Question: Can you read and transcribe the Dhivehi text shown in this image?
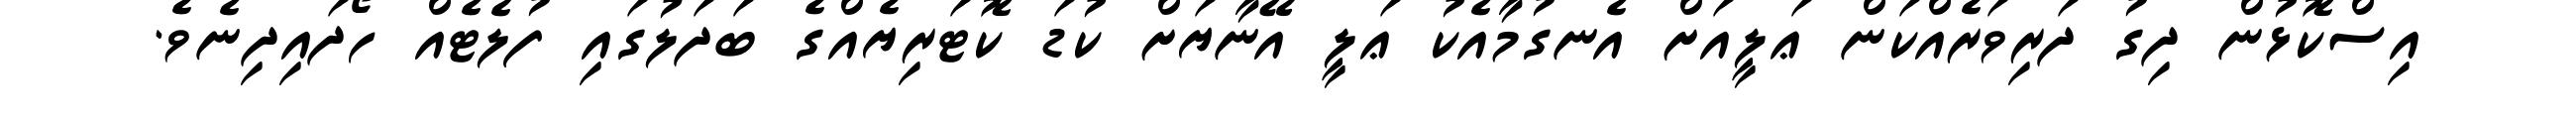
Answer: އިސްކޮޅުން ދިގު ދަރިވަރެއްކަން ޢަލީއަށް އެނގުމާއެކު ޢަލީ އޭނާޔަށް ކުޑަ ކޮޓަރިޔެއްގެ ބަދަލުގައި ފުލެޓެއް ހޯދައިދިނެވެ.